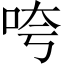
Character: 咵